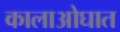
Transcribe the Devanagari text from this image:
कालाओघात